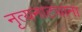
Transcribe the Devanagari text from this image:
नृत्यनाट्यांना